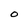
Character: O